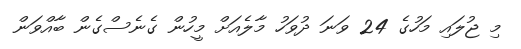
މި ޖުލައި މަހުގެ 24 ވަނަ ދުވަހު މާލެއަށް މީހުން ގެނެސްގެން ބާއްވަން